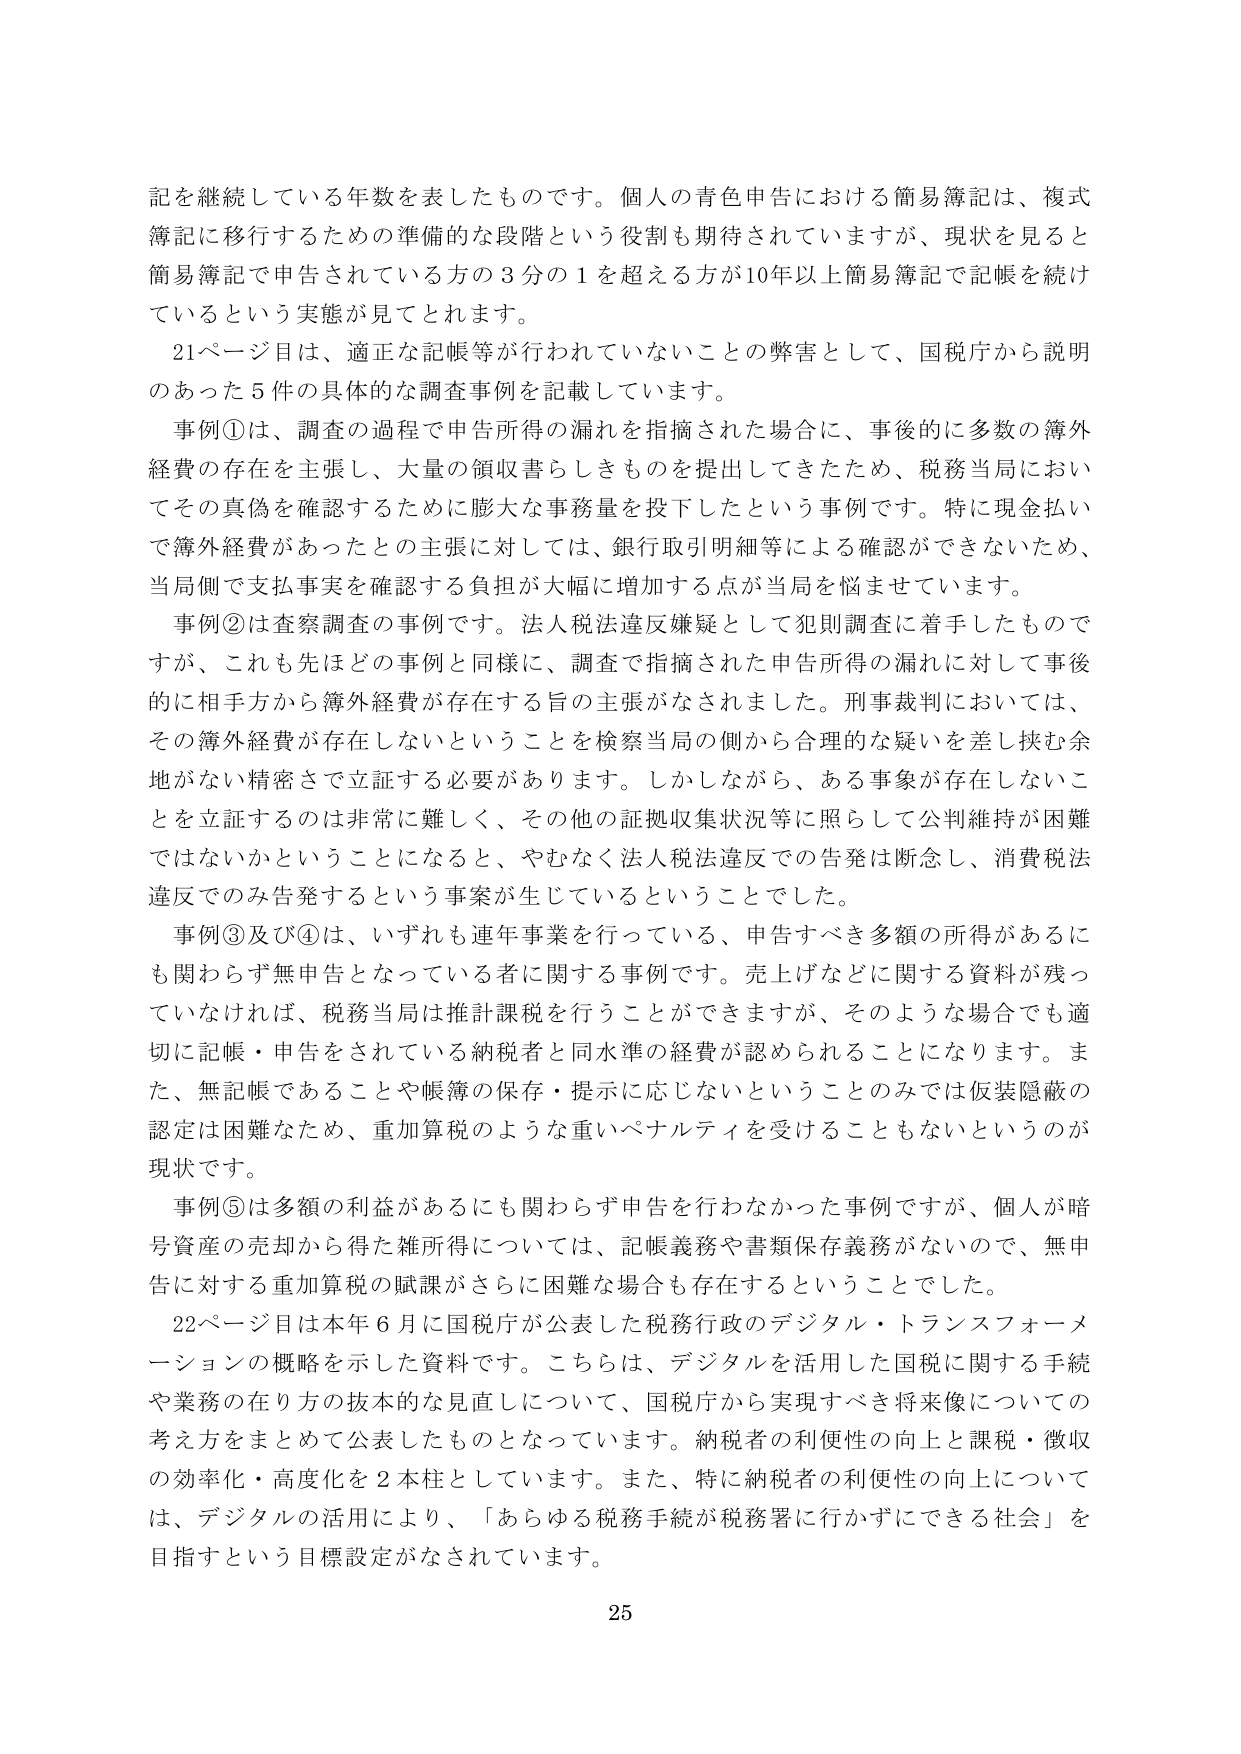
記を継続している年数を表したものです。個人の青色申告における簡易簿記は、複式簿記に移行するための準備的な段階という役割も期待されていますが、現状を見ると簡易簿記で申告されている方の３分の１を超える方が10年以上簡易簿記で記帳を続けているという実態が見てとれます。

21ページ目は、適正な記帳等が行われていないことの弊害として、国税庁から説明のあった5件の具体的な調査事例を記載しています。

事例①は、調査の過程で申告所得の漏れを指摘された場合に、事後的に多数の簿外経費の存在を主張し、大量の領収書らしきものを提出してきたため、税務当局においてその真偽を確認するために膨大な事務量を投下したという事例です。特に現金払いでの簿外経費があったとの主張に対しては、銀行取引明細等による確認ができないため、当局側で支払事実を確認する負担が大幅に増加する点が当局を悩ませています。

事例②は査察調査の事例です。法人税法違反嫌疑として犯則調査に着手したものですが、これも先ほどの事例と同様に、調査で指摘された申告所得の漏れに対して事後的に相手方から簿外経費が存在する旨の主張がなされました。刑事裁判においては、その簿外経費が存在しないということを検察当局の側から合理的な疑いを差し挟む余地がない精粋さで立証する必要があります。しかしながら、ある事象が存在しないことを立証するのは非常に難しく、その他の証拠収集状況等に照らして公判維持が困難ではないかということになると、やむなく法人税法違反での告発は断念し、消費税法違反でのみ告発するという事案が生じているということでした。

事例③及び④は、いずれも連年事業を行っている、申告すべき多額の所得があるにも関わらず無申告となっている者に関する事例です。売上げなどに関する資料が残っていなければ、税務当局は推計課税を行うことができますが、そのような場合でも適切に記帳・申告をされている納税者と同水準の経費が認められることになります。また、無記帳であることや帳簿の保存・提示に応じないということのみでは仮装隠蔽の認定は困難なため、重加算税のような重いペナルティを受けることもないというのが現状です。

事例⑤は多額の利益があるにも関わらず申告を行わなかった事例ですが、個人が暗号資産の売却から得た雑所得については、記帳義務や書類保存義務がないので、無申告に対する重加算税の賦課がさらに困難な場合も存在するということでした。

22ページ目は本年6月に国税庁が公表した税務行政のデジタル・トランスフォーメーションの概略を示した資料です。こちらは、デジタルを活用した国税に関する手続や業務の在り方の抜本的な見直しについて、国税庁から実現すべき将来像についての考え方をまとめて公表したものとなっています。納税者の利便性の向上と課税・徴収の効率化・高度化を2本柱としています。また、特に納税者の利便性の向上については、デジタルの活用により、「あらゆる税務手続が税務署に行かずにできる社会」を目指すという目標設定がなされています。

25